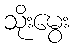
သိုးမွေး